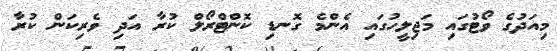
މިއަދުގެ ވޯޓުގައި މަޖިލީހުގައި އެންމެ ގޮނޑި ކޮންޓްރޯލް ކުރާ އަދި ވެރިކަން ކުރާ